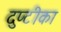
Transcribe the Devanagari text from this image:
दुप्टीका